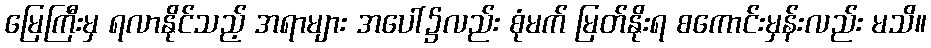
မြေကြီးမှ ရလာနိုင်သည့် အရာများ အပေါ်၌လည်း စုံမက် မြတ်နိုးရ စကောင်းမှန်းလည်း မသိ။